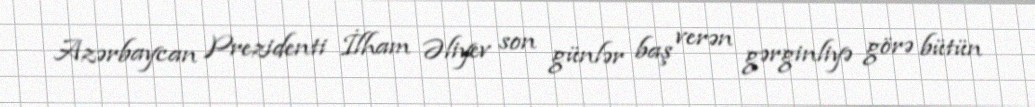
Azərbaycan Prezidenti İlham Əliyev son günlər baş verən gərginliyə görə bütün